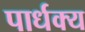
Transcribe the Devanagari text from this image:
पार्धक्य